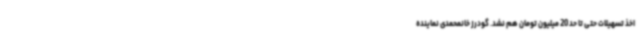
اخذ تسهیلات حتی تا حد 20 میلیون تومان هم نشد. گودرز خانمحمدی نماینده